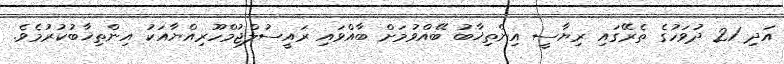
އަދި 21 ދުވަހުގެ ތެރޭގައި ރިޔާސީ އިންތިޚާބު ބޭއްވުމަށް ބާއްވައި ރައީސުލްޖުމްހޫރިއްޔާއަކު އިންތިޚާބުކުރުމެވެ.